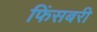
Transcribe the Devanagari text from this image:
फिंसबरी